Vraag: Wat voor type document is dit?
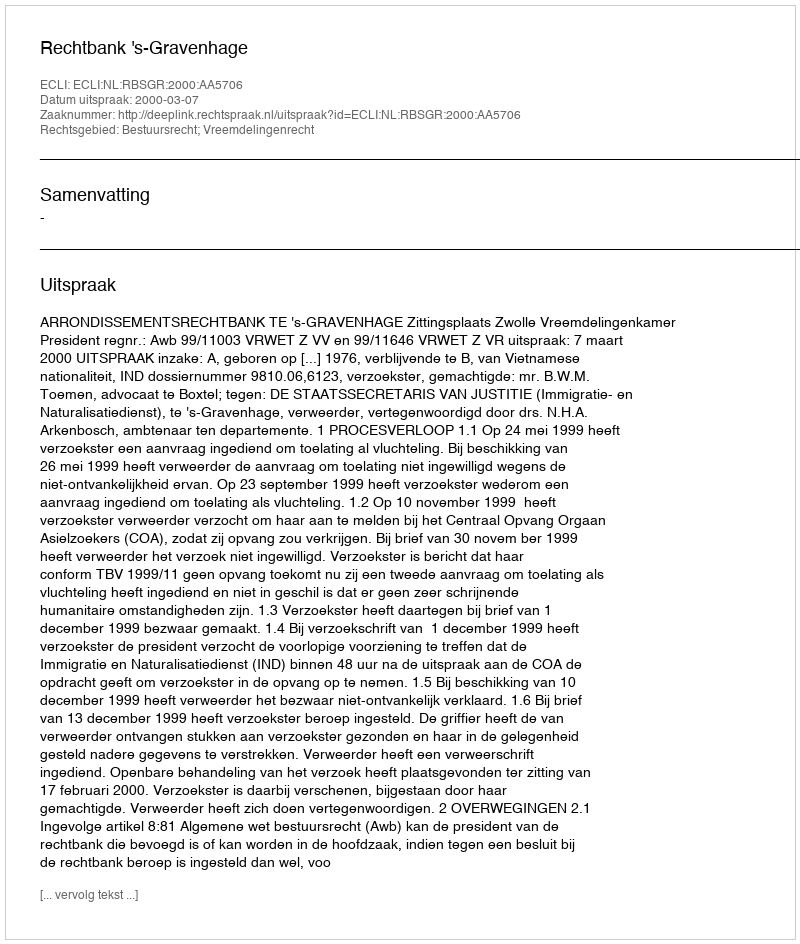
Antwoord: Uitspraak